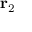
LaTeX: \mathbf { r } _ { 2 }